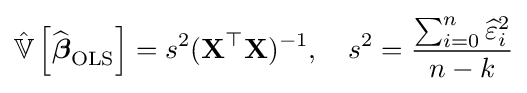
{\hat {\mathbb {V} }}\left[{\widehat {\boldsymbol {\beta }}}_{\mathrm {OLS} }\right]=s^{2}(\mathbf {X} ^{\top }\mathbf {X} )^{-1},\quad s^{2}={\frac {\sum _{i=0}^{n}{\widehat {\varepsilon }}_{i}^{2}}{n-k}}